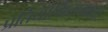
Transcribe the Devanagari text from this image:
प्रतियोगिताम्कता